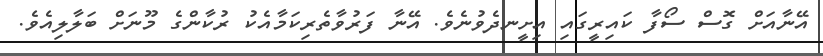
އޭނާއަށް ގޮސް ސޯފާ ކައިރީގައި އިށީނދެވުނެވެ. އޭނާ ފަރުވާތެރިކަމާއެކު ރުކާންގެ މޫނަށް ބަލާލިއެވެ.